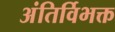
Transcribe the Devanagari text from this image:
अंतिर्विभक्त